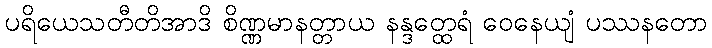
ပရိယေသတီတိအာဒိ စိဏ္ဏမာနတ္တာယ နန္ဒတ္ထေရံ ဝေနေယျံ ပဿနတော